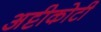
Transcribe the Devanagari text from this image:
अट्टीकोटी